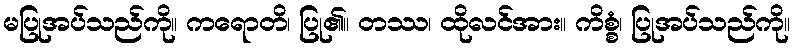
မပြုအပ်သည်ကို။ ကရောတိ၊ ပြု၏။ တဿ၊ ထိုလင်အား။ ကိစ္စံ၊ ပြုအပ်သည်ကို။